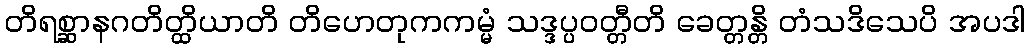
တိရစ္ဆာနဂတိတ္ထိယာတိ တိဟေတုကကမ္မံ သဒ္ဒပ္ပဝတ္တီတိ ခေတ္တန္တိ တံသဒိသေပိ အပဒါ